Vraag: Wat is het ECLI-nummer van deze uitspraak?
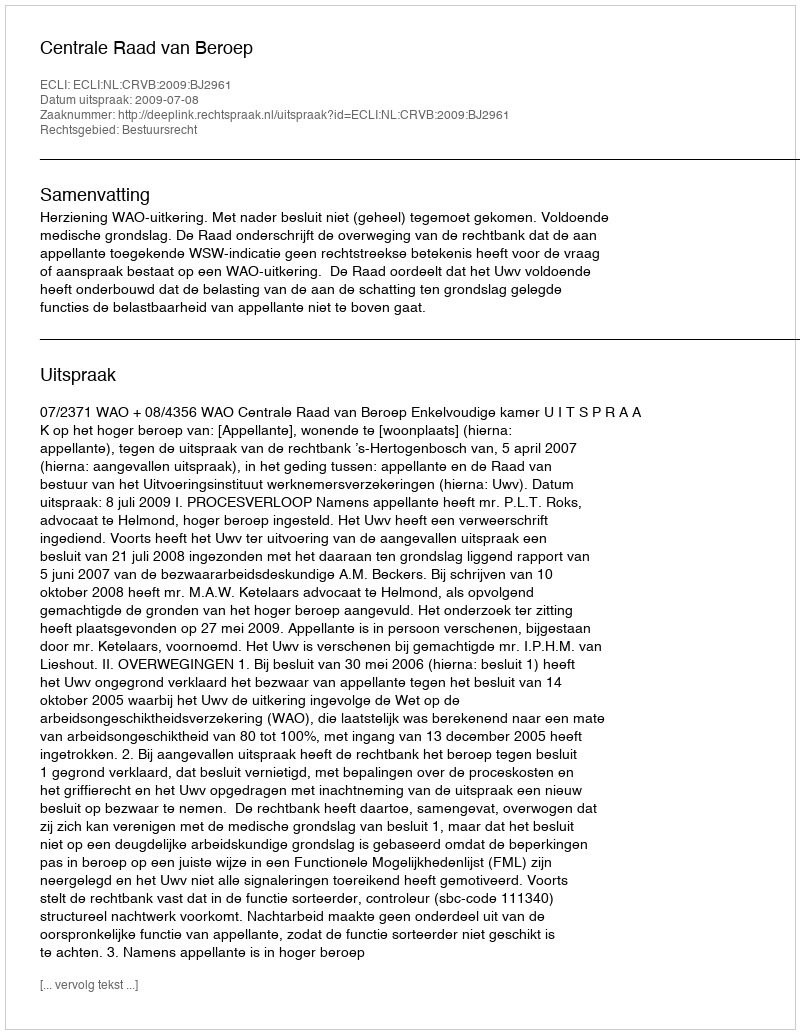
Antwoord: ECLI:NL:CRVB:2009:BJ2961